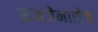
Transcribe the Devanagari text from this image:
समजेनासेच